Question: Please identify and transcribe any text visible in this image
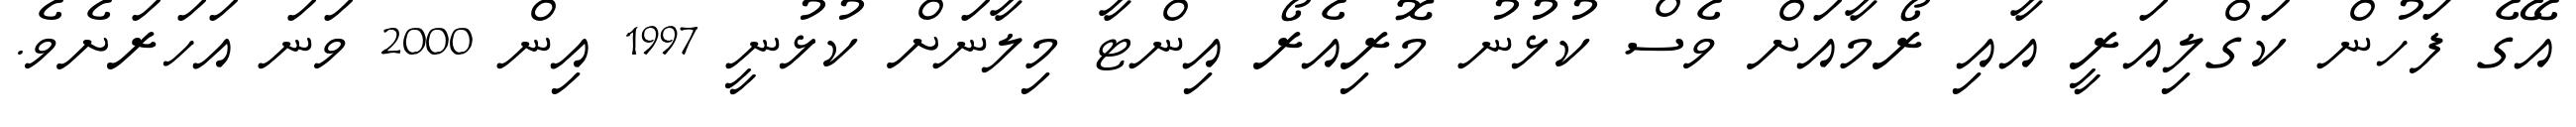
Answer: އޭގެ ފަހުން ކަގްލިއަރީ އާއި ރޯމާއަށް ވެސް ކުޅުނު މޮރިއެރޯ އިންޓާ މިލާނަށް ކުޅުނީ 1997 އިން 2000 ވަނަ އަހަރަށެވެ.